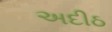
અદીઠ